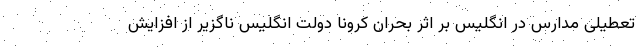
تعطیلی مدارس در انگلیس بر اثر بحران کرونا دولت انگلیس ناگزیر از افزایش